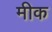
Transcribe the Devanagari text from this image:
मीक